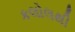
કલોલથી